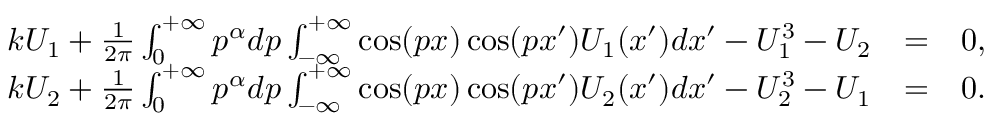
\begin{array} { r l r } { k U _ { 1 } + \frac { 1 } { 2 \pi } \int _ { 0 } ^ { + \infty } p ^ { \alpha } d p \int _ { - \infty } ^ { + \infty } \cos ( p x ) \cos ( p x ^ { \prime } ) U _ { 1 } ( x ^ { \prime } ) d x ^ { \prime } - U _ { 1 } ^ { 3 } - U _ { 2 } } & { = } & { 0 , } \\ { k U _ { 2 } + \frac { 1 } { 2 \pi } \int _ { 0 } ^ { + \infty } p ^ { \alpha } d p \int _ { - \infty } ^ { + \infty } \cos ( p x ) \cos ( p x ^ { \prime } ) U _ { 2 } ( x ^ { \prime } ) d x ^ { \prime } - U _ { 2 } ^ { 3 } - U _ { 1 } } & { = } & { 0 . } \end{array}